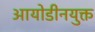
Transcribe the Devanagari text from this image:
आयोडीनयुक्त